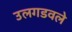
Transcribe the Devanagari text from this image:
उलगडवले